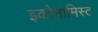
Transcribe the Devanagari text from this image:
इकोनामिस्ट